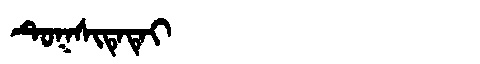
Manchu: ᡨᡠᡴᠰᡳᡨᡝᡨᡝᡳ
Romanization: TUKSITETEI